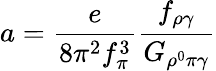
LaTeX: a=\frac{e}{8\pi^{2}f_{\pi}^{3}}\frac{f_{\rho\gamma}}{G_{\rho^{0}\pi\gamma}}